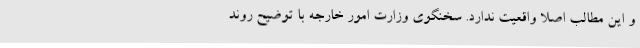
و این مطالب اصلا واقعیت ندارد. سخنگوی وزارت امور خارجه با توضیح روند